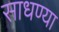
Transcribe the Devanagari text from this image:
साधण्या